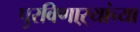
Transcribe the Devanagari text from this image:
पुरविणाऱ्यांच्या